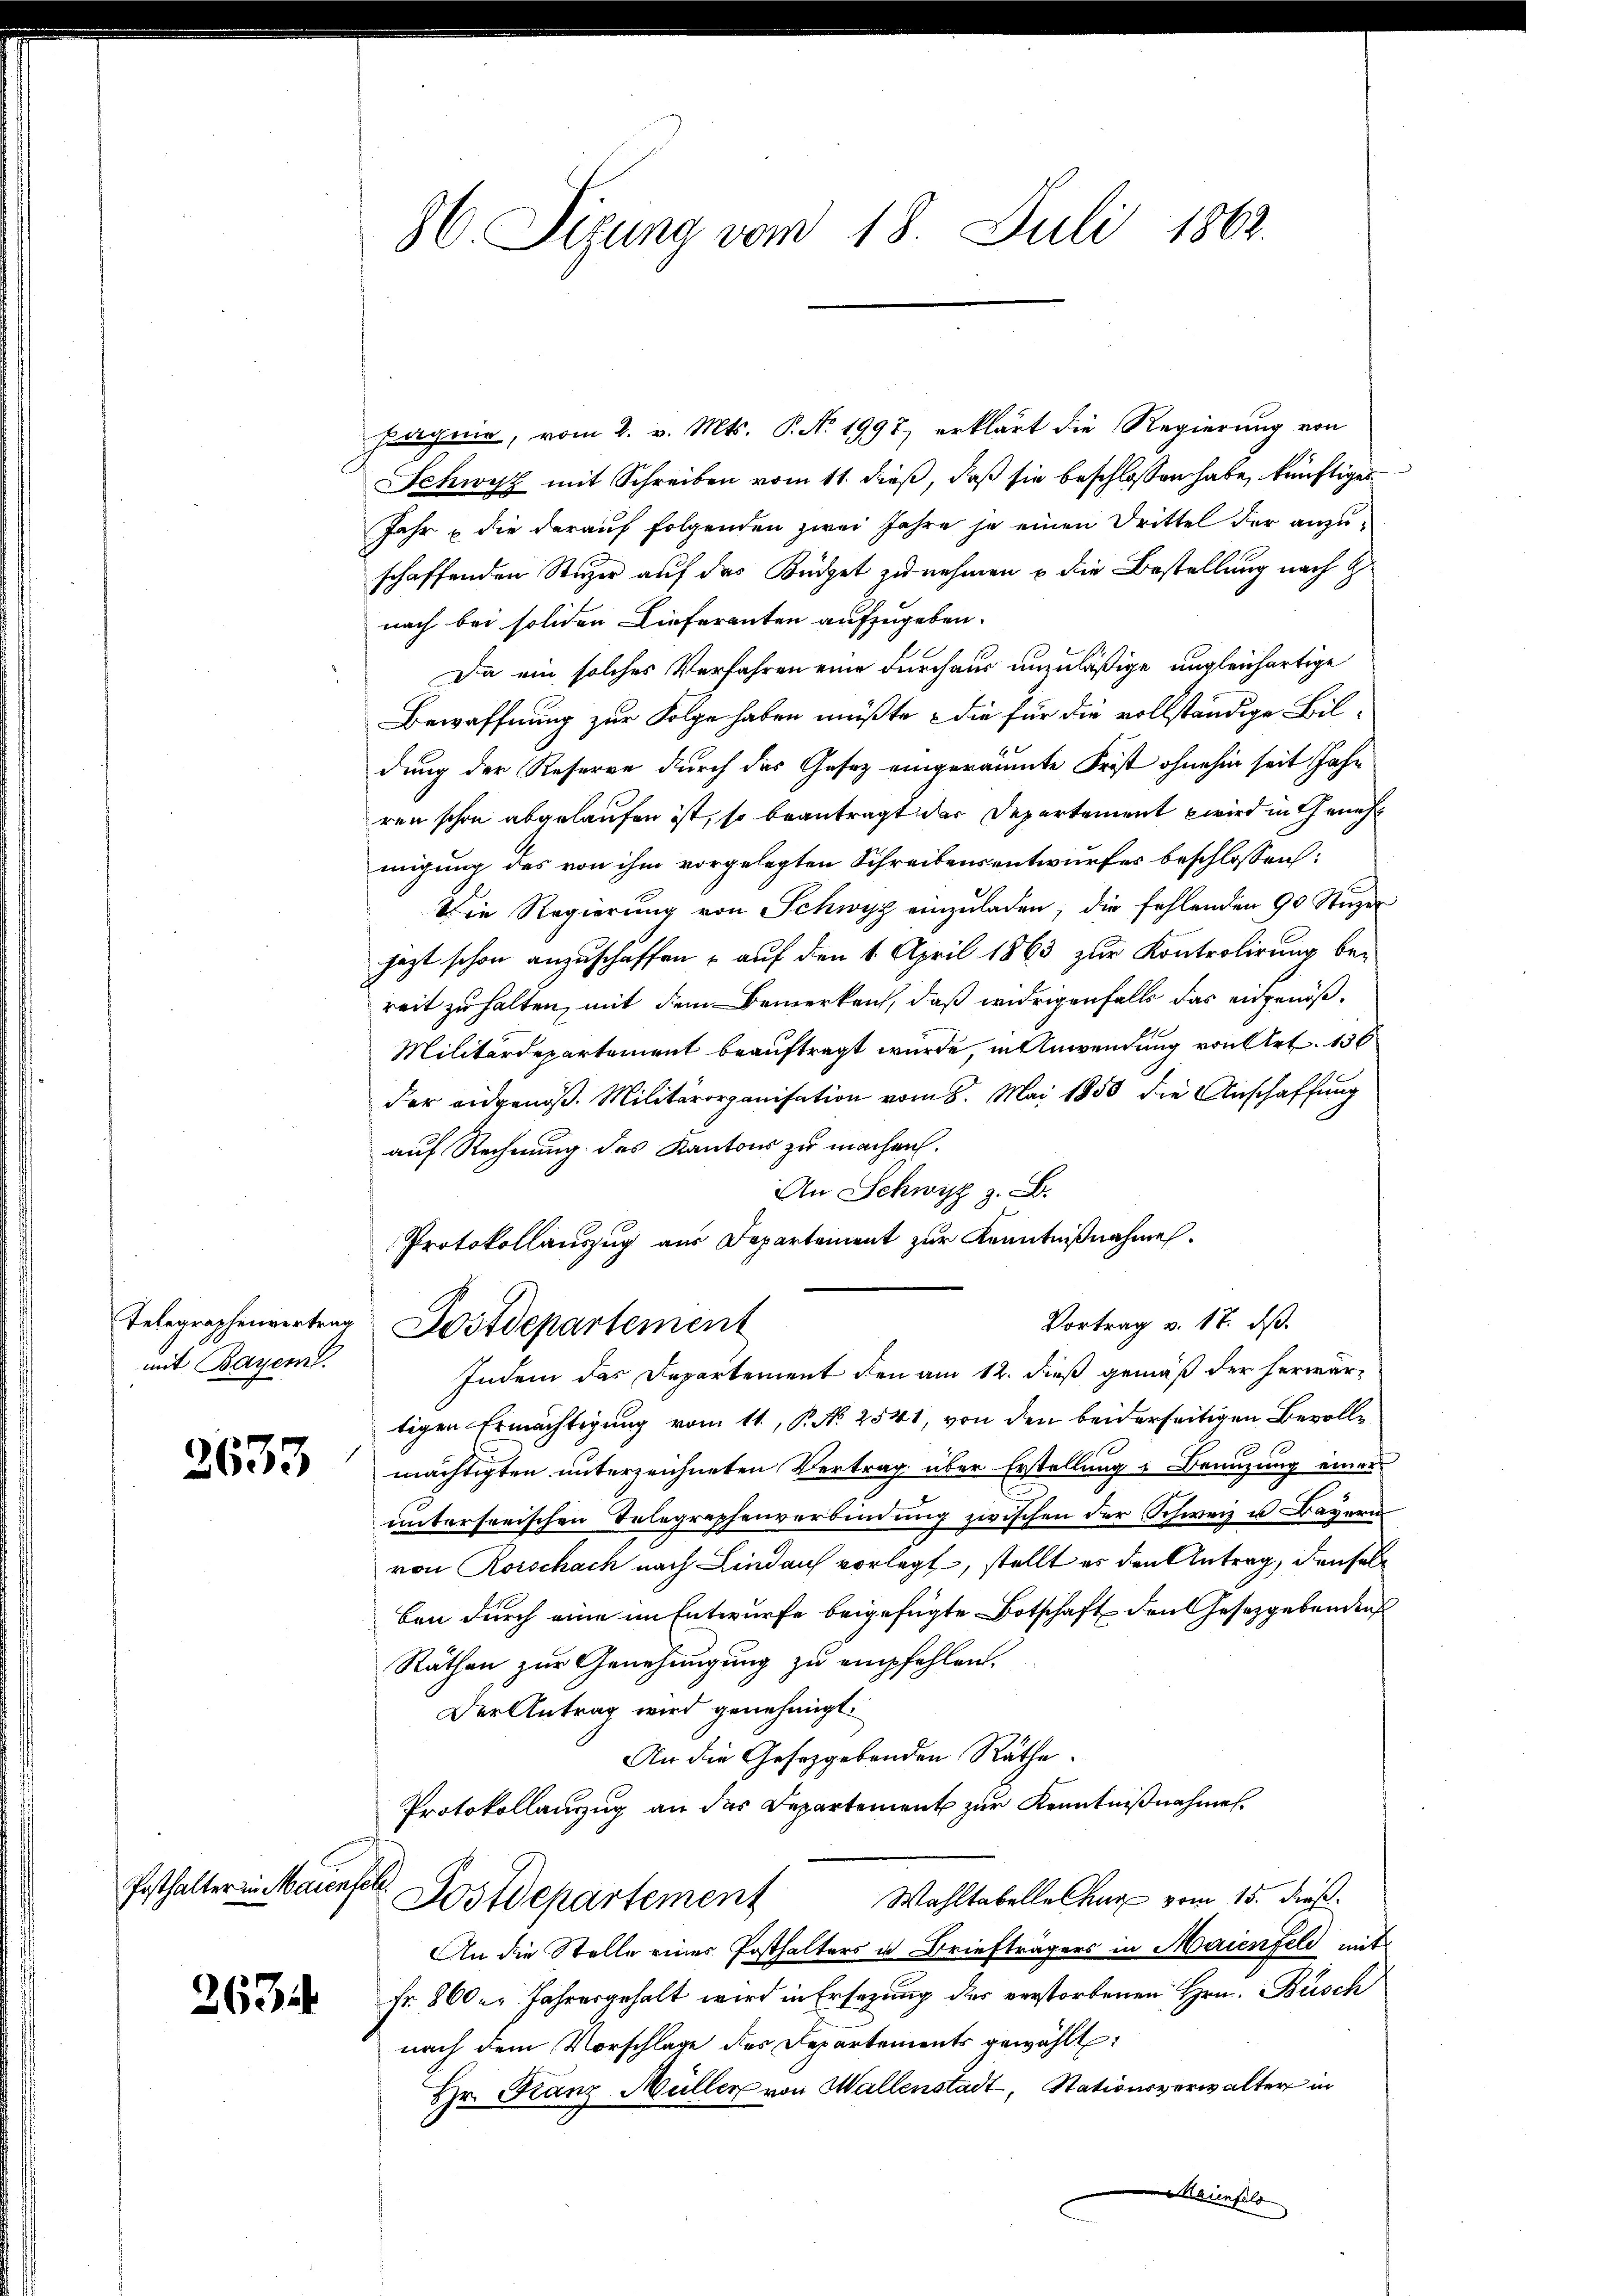
mit Bayeml.

2633

Echthalterin kennerhal

2634

36. Sizung vom 18. Juli 1862.

pagen, vom 2. v. Mts. P. Nr. 1997) erklärt die Regierung von
Schwisz mit Schreiben vom 11. dieß, daß sie beschlossen habe, künftiger
Jahr die darauf folgenden zwei Jahre je einen Drittel der anzuschaffenden Steger auf das Büdget zu nehmen u die Bestellung nach G
nach bei soliden Lieferanten aufzugeben.
Da ein solches Verfahren eine durchaus unzuläßige ungleichartige
Bewaffnung zur Folge haben müßte - die für die vollständige Bildung der Reserve durch das Gesetz eingeräumte Frist ohnehin seit Jahr
ren schon abgelaufen ist, so beantragt der Departement wird in Geneh
migung des von ihm vorgelegten Schreibensentwurfes beschlossen:
Die Regierung von Schwyz einzuladen, die fehlenden 90 Stuzer
jezt schon anzuschaffen – auf den 1. April 1863 zur Kontrolirung bereit zu halten, mit dem Bemerken, daß widrigenfalls das eidgenöß¬
Militärdepartement beauftragt wurde, in Anwendung von Art. 136
der eidgenöβ. Militärorganisation vom 8. Mai 1850 die Anschaffung
auf Rechnung des Kantons zu machen.
An Schwyz z. B.
Protokollauszug aus Departement zur Kenntnißnahme.
Vortrag v. 17. ds.
Telegraphenvertrag Postdepartement
Indem das Departement den am 12. dieß gemäß der herwärtigen Ermächtigung vom 11., P. N. 2541, von den beiderseitigen Bevollmächtigten unterzeichneten Vertrag über Erstellung & Benuzung einer
untersorischen Telegraphenverbindung zwischen der Schweiz u. Bayern
von Rorschach nach Lindauch vorlegt, stellt es den Antrag, densel
ben durch eine im Entwurfe beigefügte Botschaft den Gesetzgebenden
Räthen zur Genehmigung zu empfehlen.
Der Antrag wird genehmigt.
An die Gesetzgebenden Räthe.
Protokollanzug an das Departement zur Kenntnißnahmen.
Wahltabelle Chur vom 15. dieß
Postdepartement
An die Stelle eines Posthalters u. Briefträgers in Maienfeld mit
Fr. 800 er Jahresgehalt wird in Ersezung des verstorbenen Hrn. Busch
nach dem Vorschlage des Departements gewählt:
Hr. Franz Müller von Wallenstadt, Stationsverwalter in
Maienfels